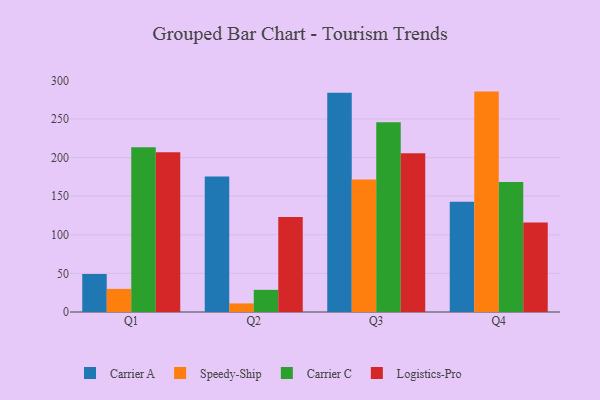
{"axis": {"x": "Quarter", "y": "Demand Index"}, "legend": ["Carrier A", "Carrier C", "Logistics-Pro", "Speedy-Ship"], "data": [{"x": "Q1", "y": 49.2, "type": "Carrier A"}, {"x": "Q1", "y": 29.9, "type": "Speedy-Ship"}, {"x": "Q1", "y": 213.2, "type": "Carrier C"}, {"x": "Q1", "y": 206.9, "type": "Logistics-Pro"}, {"x": "Q2", "y": 175.5, "type": "Carrier A"}, {"x": "Q2", "y": 11.1, "type": "Speedy-Ship"}, {"x": "Q2", "y": 28.7, "type": "Carrier C"}, {"x": "Q2", "y": 122.9, "type": "Logistics-Pro"}, {"x": "Q3", "y": 283.8, "type": "Carrier A"}, {"x": "Q3", "y": 171.5, "type": "Speedy-Ship"}, {"x": "Q3", "y": 245.8, "type": "Carrier C"}, {"x": "Q3", "y": 205.5, "type": "Logistics-Pro"}, {"x": "Q4", "y": 142.9, "type": "Carrier A"}, {"x": "Q4", "y": 285.4, "type": "Speedy-Ship"}, {"x": "Q4", "y": 168.3, "type": "Carrier C"}, {"x": "Q4", "y": 116.0, "type": "Logistics-Pro"}]}